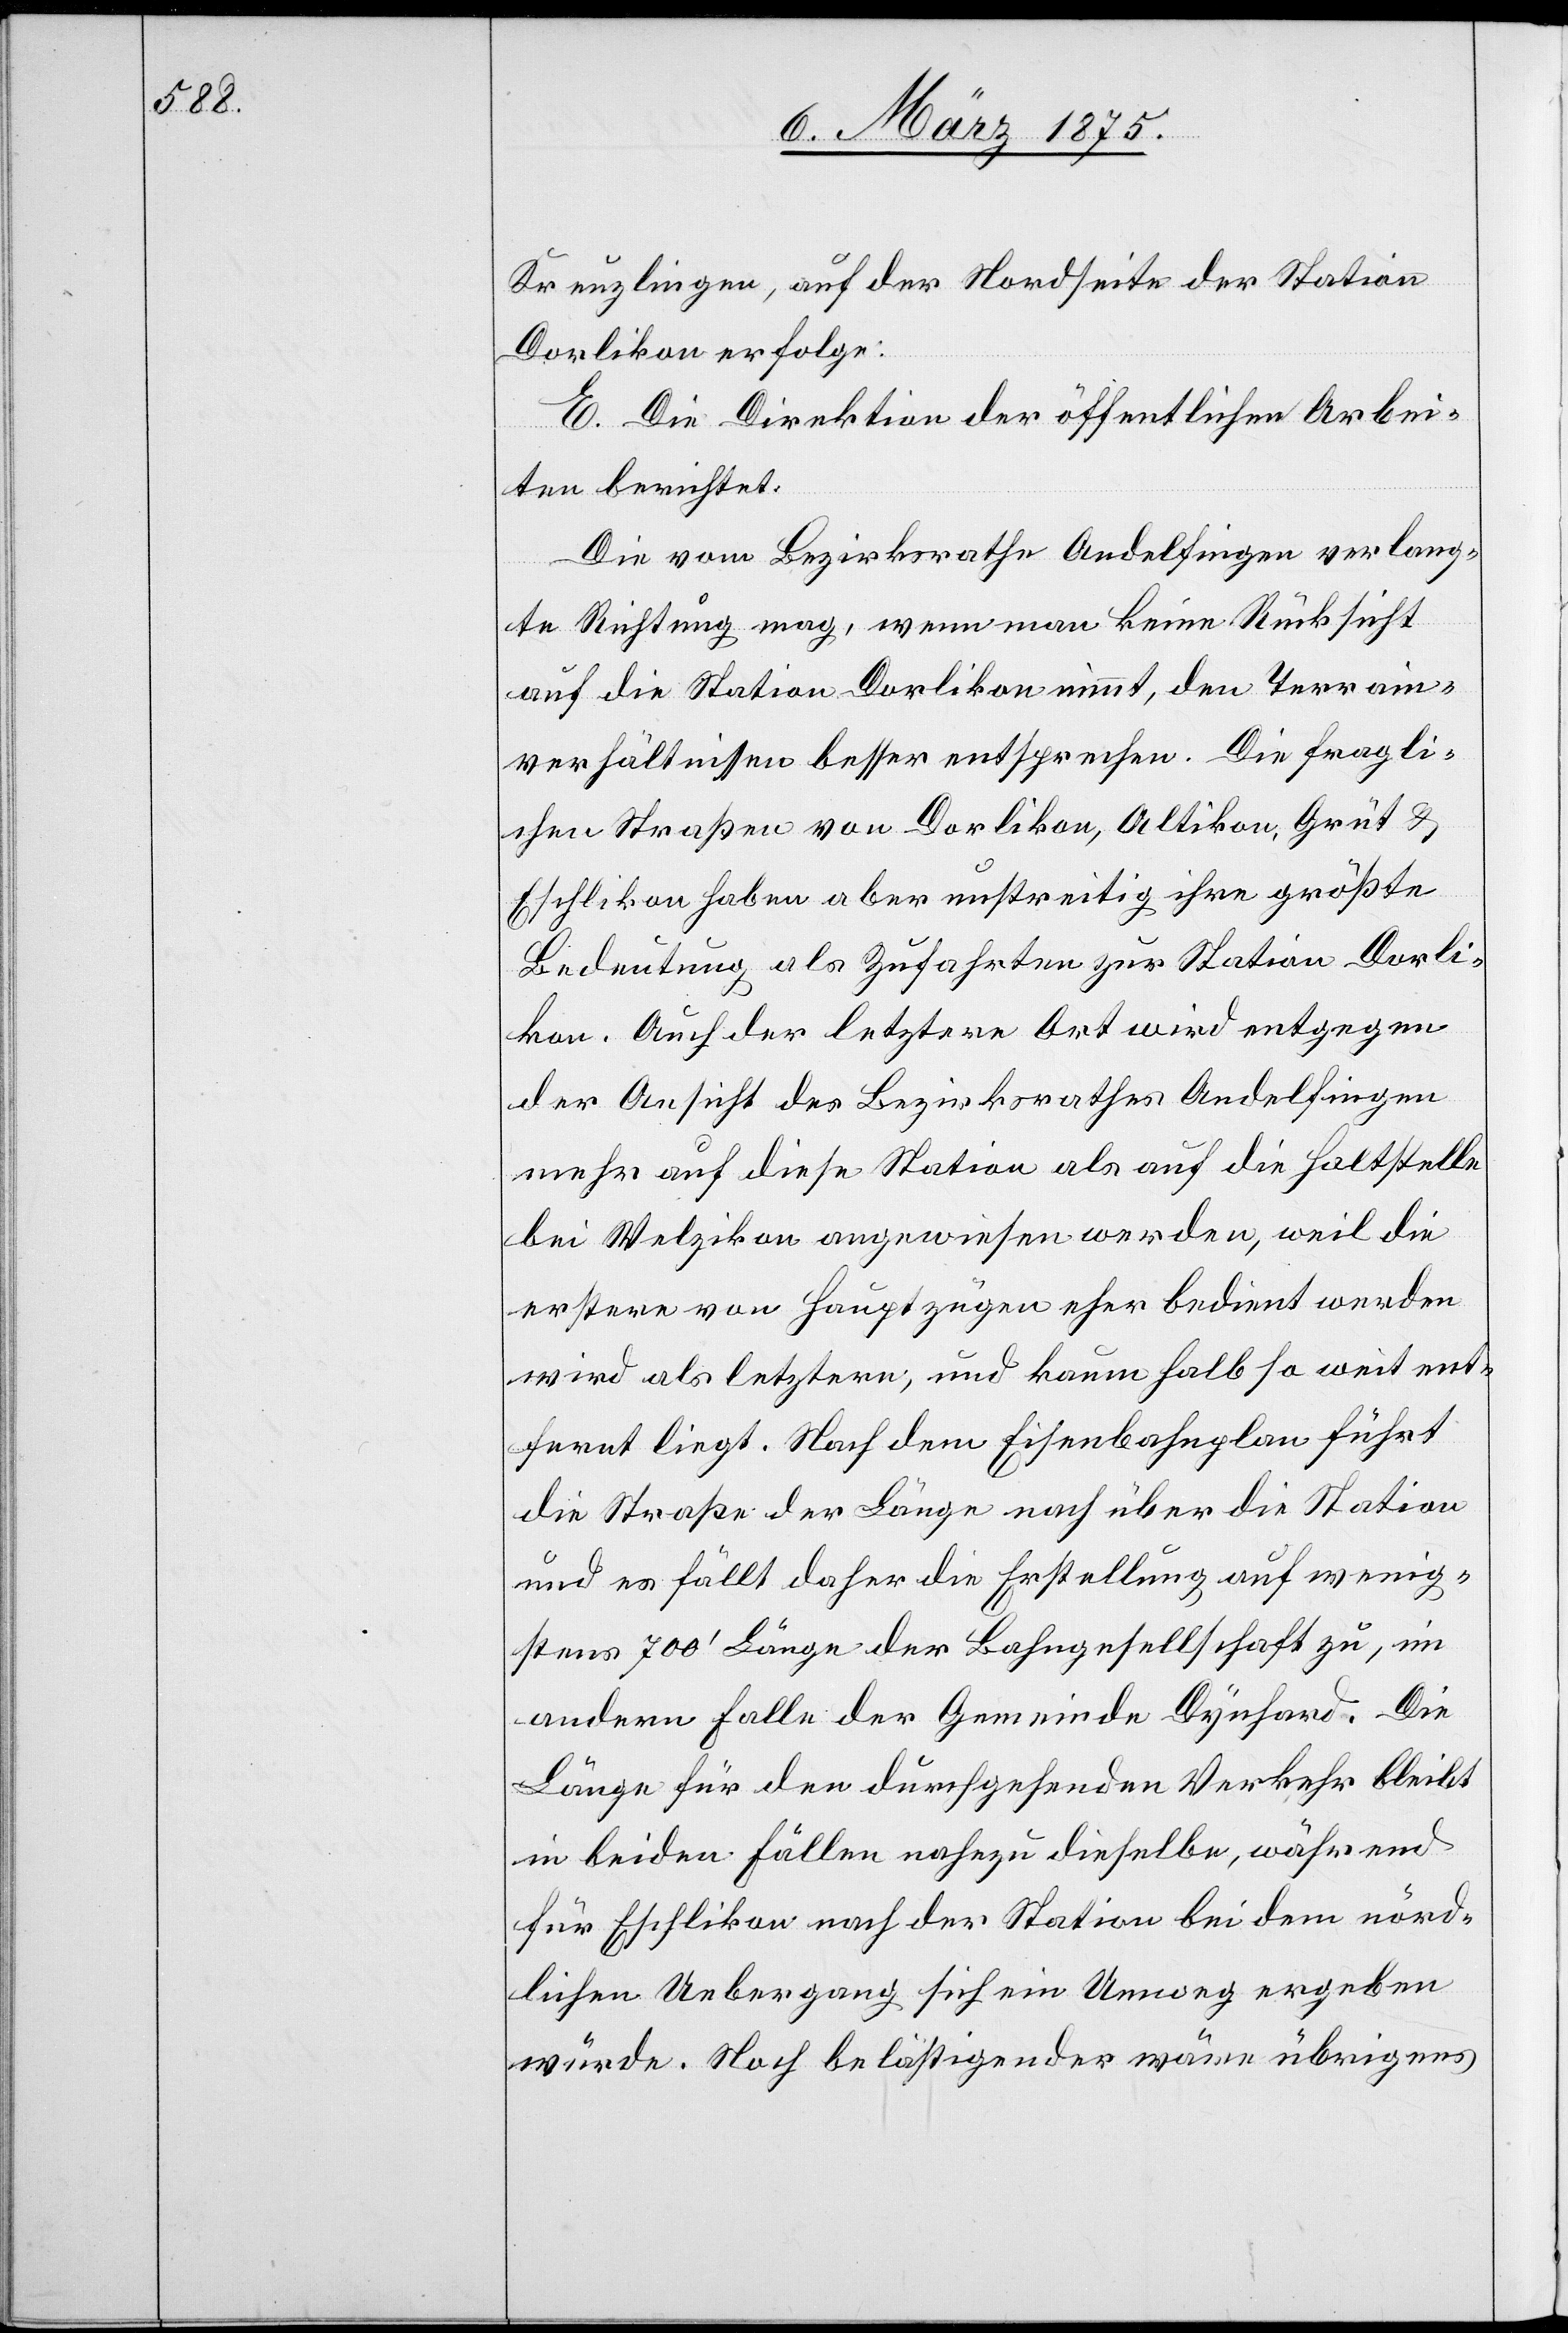
Kreuzlingen, auf der Nordseite der Station
Dorlikon erfolge.
E. Die Direktion der öffentlichen Arbei¬
ten berichtet:
Die vom Bezirksrathe Andelfingen verlang¬
te Richtung mag, wenn man keine Rücksicht
auf die Station Dorlikon nimmt, den Terrain¬
verhältnissen besser entsprechen. Die fragli¬
chen Straßen von Dorlikon, Altikon, Grüt &
Eschlikon haben aber unstreitig ihre größte
Bedeutung als Zufahrten zur Station Dorli¬
kon. Auch der letztere Ort wird entgegen
der Ansicht des Bezirksrathes Andelfingen
mehr auf diese Station als auf die Haltstelle
bei Welzikon angewiesen werden, weil die
erstere von Hauptzügen eher bedient werden
wird als letztere, und kaum halb so weit ent¬
fernt liegt. Nach dem Eisenbahnplan führt
die Straße der Länge nach über die Station
und es fällt daher die Erstellung auf wenig¬
stens 700’ Länge der Bahngesellschaft zu, im
andern Falle der Gemeinde Dynhard. Die
Länge für den durchgehenden Verkehr bleibt
in beiden Fällen nahezu dieselbe, während
für Eschlikon nach der Station bei dem nörd¬
lichen Uebergang sich ein Umweg ergeben
würde. Noch belästigender wäre übrigens